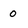
Character: 0